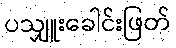
ပသျှူးခေါင်းဖြတ်